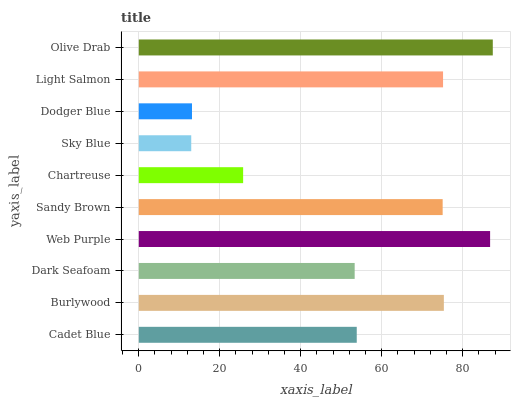
| yaxis_label | bars |
 | --- | --- |
 | Cadet Blue | 53.8 |
 | Burlywood | 75.3 |
 | Dark Seafoam | 53.3 |
 | Web Purple | 86.8 |
 | Sandy Brown | 75 |
 | Chartreuse | 25.8 |
 | Sky Blue | 13 |
 | Dodger Blue | 13.1 |
 | Light Salmon | 75.1 |
 | Olive Drab | 87.4 |